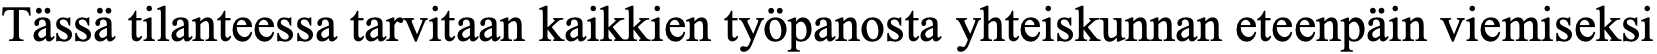
Tässä tilanteessa tarvitaan kaikkien työpanosta yhteiskunnan eteenpäin viemiseksi